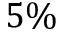
5 \%